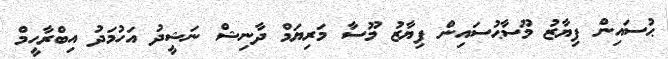
ޙުސައިން ފިޔާޒު މޫސާޙުސައިން ފިޔާޒު މޫސާ މަރިޔަމް ދާނިޝް ނަޝީދު އަހުމަދު އިބްރާހީމް